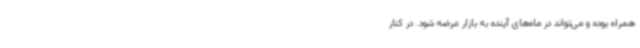
همراه بوده و می‌تواند در ماه‌های آینده به بازار عرضه شود. در کنار